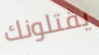
يقتلونك